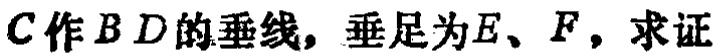
$C作BD的垂线，垂足为E、F，求证$